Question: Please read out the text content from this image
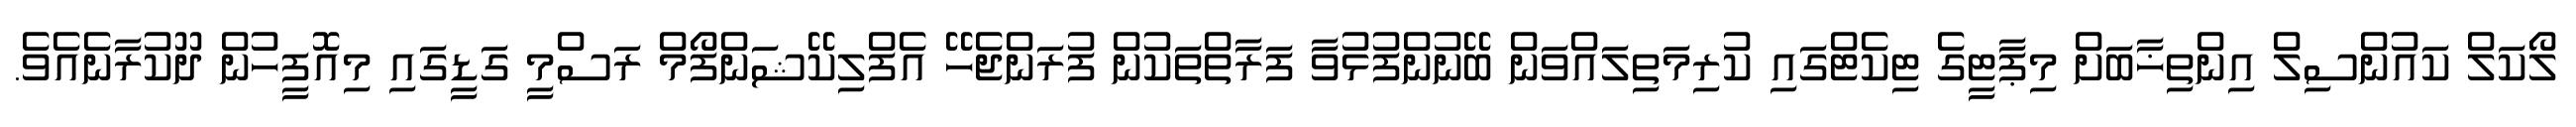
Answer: ލޯކަލް ކައުންސިލް އިންތިޚާބަށް މިޕާޓީގެ ޓިކެޓްގައި ކުރިމަތިލައްވަން ބޭނުންފުޅުވާ ފަރާތްތަކުން ފުރަންޖެހޭ އެފްލިކޭޝަންފޯމް ރަސްމީ ގަޑީގައި މިއޮފީހުން ދޫކުރާނެއެވެ.